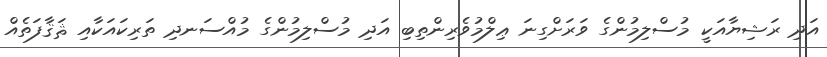
އަދި ރަޝިޔާއަކީ މުސްލިމުންގެ ވަރަށްގިނަ ޢިލްމުވެރިންތިބި އަދި މުސްލިމުންގެ މުއްސަނދި ތަރިކައަކާއި ޘަޤާފަތެއް